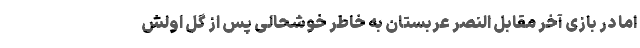
اما در بازی آخر مقابل النصر عربستان به خاطر خوشحالی پس از گل اولش